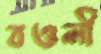
বওলী